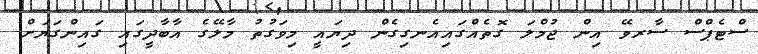
ސްޓެޕްސް ސާރވޭ އިން ޖުމްލަ ގޮތެއްގައިއެނގިގެން ދިޔައީ މިވަގުތު މާލޭގެ އާބާދީގައި ގައިންގަޔަށް